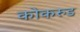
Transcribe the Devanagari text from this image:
कोकरुड